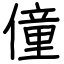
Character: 僮